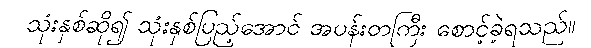
သုံးနှစ်ဆို၍ သုံးနှစ်ပြည့်အောင် အပန်းတကြီး စောင့်ခဲ့ရသည်။